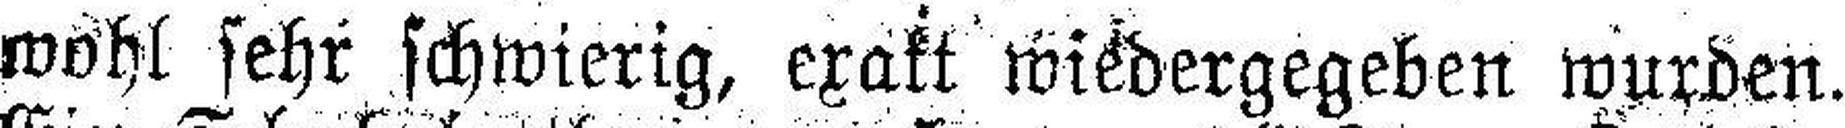
wohl sehr schwierig, exakt wiedergegeben wurden.